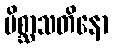
မိစ္ဆာသတိနော